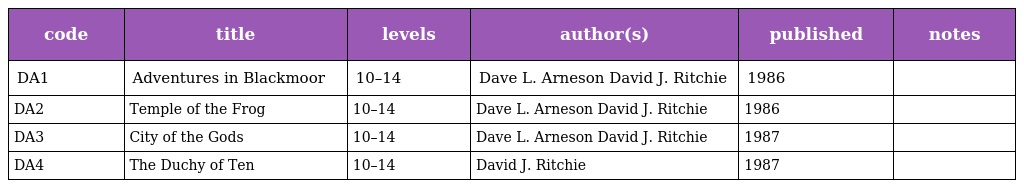
| code | title | levels | author(s) | published | notes |
 | --- | --- | --- | --- | --- | --- |
 | DA1 | Adventures in Blackmoor | 10–14 | Dave L. Arneson David J. Ritchie | 1986 |  |
 | DA2 | Temple of the Frog | 10–14 | Dave L. Arneson David J. Ritchie | 1986 |  |
 | DA3 | City of the Gods | 10–14 | Dave L. Arneson David J. Ritchie | 1987 |  |
 | DA4 | The Duchy of Ten | 10–14 | David J. Ritchie | 1987 |  |